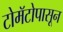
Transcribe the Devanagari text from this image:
टोमॅटोपासून